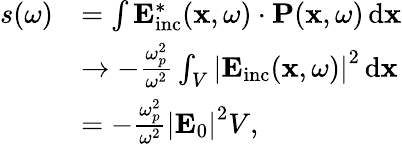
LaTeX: \begin{array}{rl}{s(\omega)}&{=\int\mathbf{E}_{\mathrm{inc}}^{*}(\mathbf{x},\omega)\cdot\mathbf{P}(\mathbf{x},\omega)\, \mathrm{d}\mathbf{x}}\\ &{\rightarrow-\frac{\omega_{p}^{2}}{\omega^{2}}\int_{V}\left|\mathbf{E}_{\mathrm{inc}}(\mathbf{x},\omega)\right|^{2}\, \mathrm{d}\mathbf{x}}\\ &{=-\frac{\omega_{p}^{2}}{\omega^{2}}\left|\mathbf{E}_{0}\right|^{2}V,}\end{array}